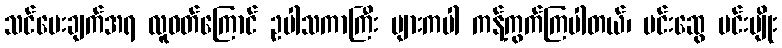
သင်ပေးချက်အရ လူဝတ်ကြောင် ဥပါသကာကြီး များကပါ ကန့်ကွက်ကြပါတယ်၊ မင်းဆွေ မင်းမျိုး